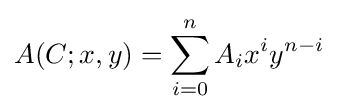
A(C;x,y)=\sum _{i=0}^{n}A_{i}x^{i}y^{n-i}